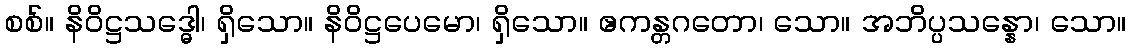
စစ်။ နိဝိဋ္ဌသဒ္ဓေါ၊ ရှိသော။ နိဝိဋ္ဌပေမော၊ ရှိသော။ ဧကန္တဂတော၊ သော။ အဘိပ္ပသန္နော၊ သော။